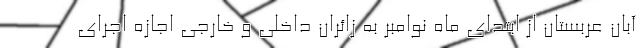
آبان عربستان از ابتدای ماه نوامبر به زائران داخلی و خارجی اجازه اجرای